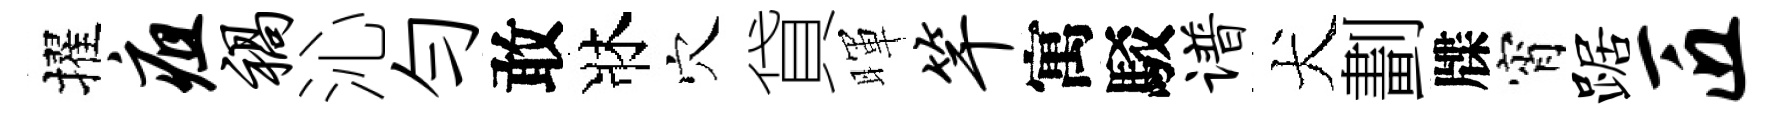
擢疽祸沁勻敢牀穴貸暉竿寓駁谱犬劃牒宵踞匠